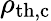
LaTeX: \rho_{\mathrm{th,c}}